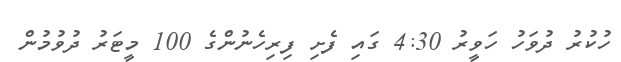
ހުކުރު ދުވަހު ހަވީރު 4:30 ގައި ފެށި ފިރިހެނުންގެ 100 މީޓަރު ދުވުމުން